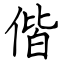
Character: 偕